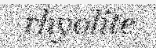
rhyolite